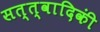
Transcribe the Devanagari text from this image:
सत्त्वादिकीं